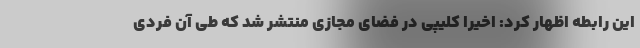
این رابطه اظهار کرد: اخیرا کلیپی در فضای مجازی منتشر شد که طی آن فردی